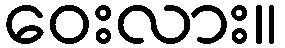
ဝေးလား။